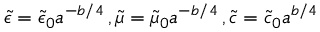
\tilde { \epsilon } = \tilde { \epsilon } _ { 0 } a ^ { - b / 4 } \, , \tilde { \mu } = \tilde { \mu } _ { 0 } a ^ { - b / 4 } \, , \tilde { c } = \tilde { c } _ { 0 } a ^ { b / 4 }